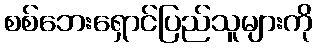
စစ်ဘေးရှောင်ပြည်သူများကို